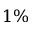
1 \%